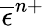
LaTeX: \overline{{\epsilon}}^{n+}